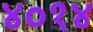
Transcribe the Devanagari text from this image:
४०१४